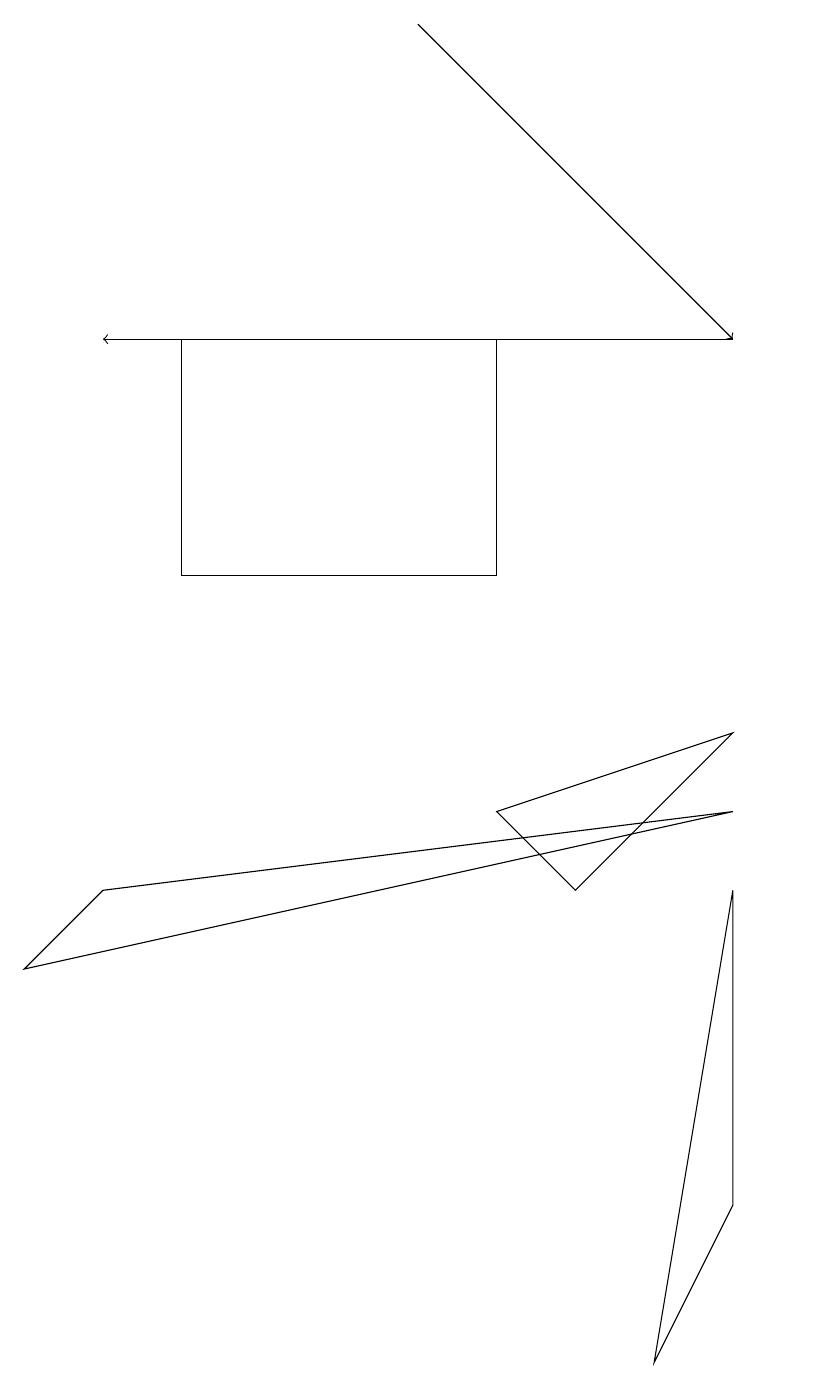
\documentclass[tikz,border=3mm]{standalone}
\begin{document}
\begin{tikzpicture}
\draw (9,3) -- (8,1) -- (9,7) -- cycle;
\draw (6,8) -- (7,7) -- (9,9) -- cycle;
\draw[->] (9,14) -- (1,14);
\draw (6,11) rectangle (2,14);
\draw (0,6) -- (1,7) -- (9,8) -- cycle;
\draw[->] (5,18) -- (9,14);
\draw (10,11) circle (0);
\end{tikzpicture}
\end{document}